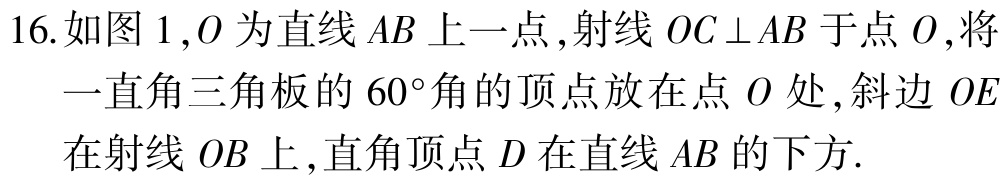
16.如图 1 ,$O$为直线$AB$上一点 ,射线$OC\perp AB$于点$O$,将一直角三角板的$60^{\circ}$角的顶点放在点$O$处 ,斜边$OE$在射线$OB$上 ,直角顶点$D$在直线$AB$的下方.